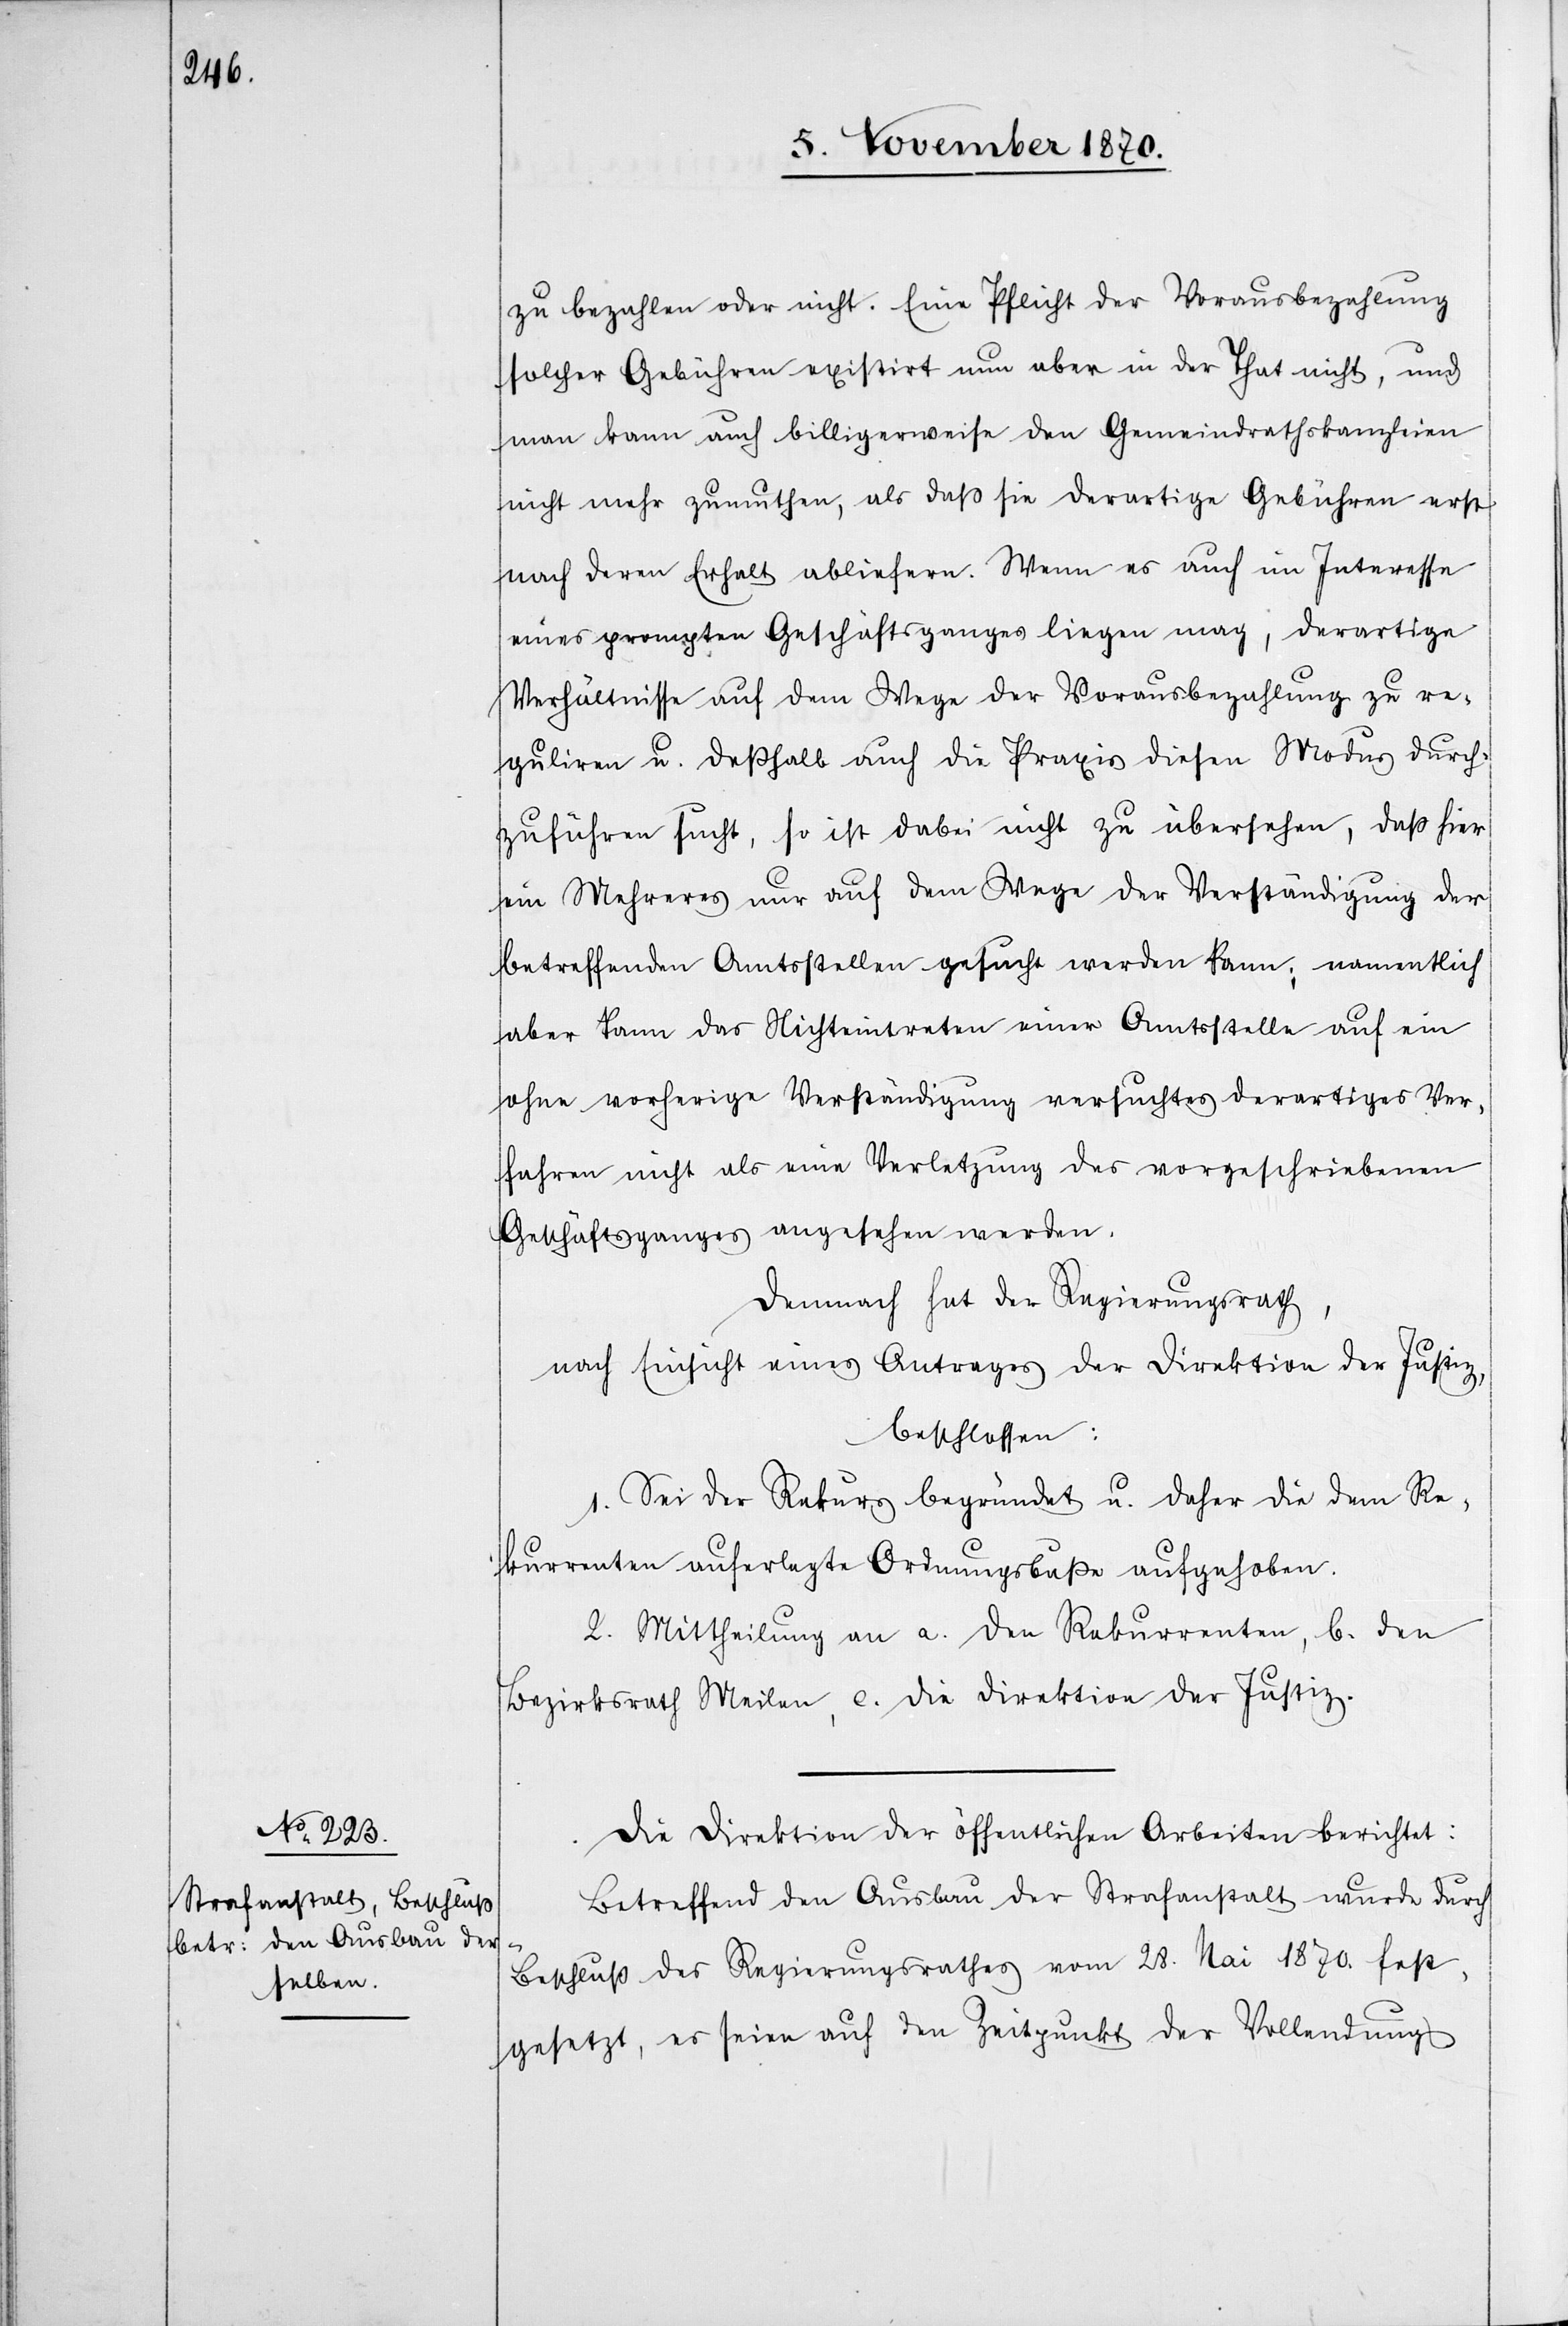
zu bezahlen oder nicht. Eine Pflicht der Vorausbezahlung
solcher Gebühren existirt nun aber in der That nicht, und
man kann auch billigerweise den Gemeindrathskanzleien
nicht mehr zumuthen, als daß sie derartige Gebühren erst
nach deren Erhalt abliefern. Wenn es auch im Interesse
eines prompten Geschäftsganges liegen mag, derartige
Verhältnisse auf dem Wege der Vorausbezahlung zu re¬
guliren u. deßhalb auch die Praxis diesen Modus durch¬
zuführen sucht, so ist dabei nicht zu übersehen, das hier
ein Mehreres nur auf dem Wege der Verständigung der
betreffenden Amtsstellen gesucht werden kann; namentlich
aber kann das Nichteintreten einer Amtstelle auf ein
ohne vorherige Verständigung versuchtes derartiges Ver¬
fahren nicht als eine Verletzung des vorgeschriebenen
Geschäftsganges angesehen werden.
Demnach hat der Regierungsrath,
nach Einsicht eines Antrages der Direktion der Justiz,
beschlossen:
1. Sei der Rekurs begründet u. daher die dem Re¬
kurrenten auferlegte Ordnungsbuße aufgehoben.
2. Mittheilung an a. den Rekurrenten, b. den
Bezirksrath Meilen, c. die Direktion der Justiz.
Die Direktion der öffentlichen Arbeiten berichtet:
Betreffend den Ausbau der Strafanstalt wurde durch
Beschluß des Regierungsrathes vom 28. Mai 1870. fest¬
gesetzt, es seien auf den Zeitpunkt der Vollendung